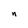
Character: n